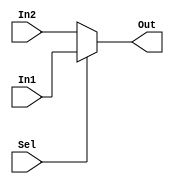
`timescale 1ns / 1ps
//////////////////////////////////////////////////////////////////////////////////
// Company: 
// Engineer: 
// 
// Design Name: 
// Module Name: mux
// Project Name: 
// Target Devices: 
// Tool Versions: 
// Description: 
// 
// Dependencies: 
// 
// Revision:
// Revision 0.01 - File Created
// Additional Comments:
// 
//////////////////////////////////////////////////////////////////////////////////


module MUX1(
input [7:0] In1,In2,
     input Sel,
     output [7:0] Out
    );

assign Out = (Sel==1)? In1: In2;
endmodule